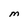
Character: M